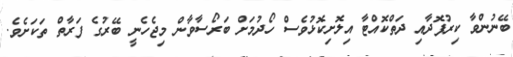
ބޭނުންވާ ކިރުފޮދާއި ދަތްކޮއްޓާ އިލޮށިކޮޅުވެސް ހޯދުމަށް ބަރޯސާވާން މިޖެހެނީ ބޭރުގެ ފަރާތް ތަކަށެވެ.